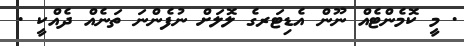
. މީ ކޮމެންޓެއް ނޫން އެޑިޓަރގެ ލޮލަށް ނުފެންނަ ތަނެއް ދެއްކީ .